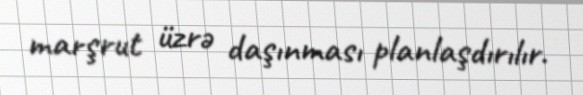
marşrut üzrə daşınması planlaşdırılır.